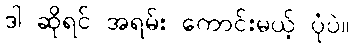
ဒါ ဆိုရင် အရမ်း ကောင်းမယ့် ပုံပဲ။